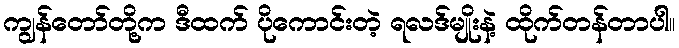
ကျွန်တော်တို့က ဒီထက် ပိုကောင်းတဲ့ ရလဒ်မျိုးနဲ့ ထိုက်တန်တာပါ။